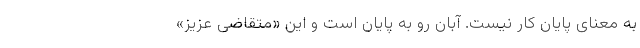
به معنای پایان کار نیست. آبان رو به پایان است و این «متقاضیِ عزیز»